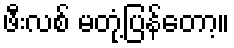
ဖီးလစ် မတုံ့ပြန်တော့။